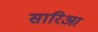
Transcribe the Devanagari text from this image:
सारिआ